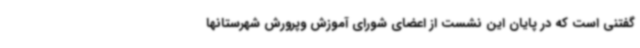
گفتنی است که در پایان این نشست از اعضای شورای آموزش وپرورش شهرستانها